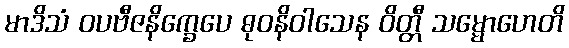
မာဒိသံ ဝပဗီဇနိက္ခေပေ ဓုဝနိဝါသေန ဝိတ္တီ သမ္မောဟေတိ